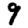
Digit: 9